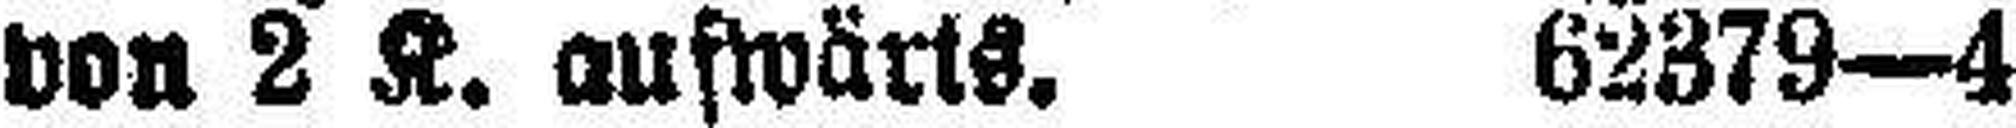
von 2 K. auswärts. 62379—4